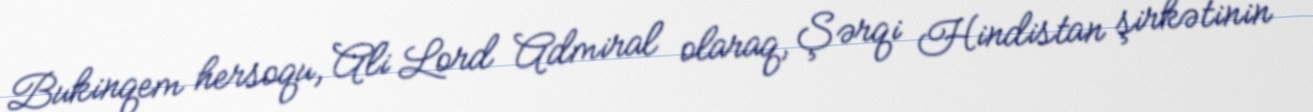
Bukinqem hersoqu, Ali Lord Admiral olaraq, Şərqi Hindistan şirkətinin